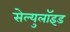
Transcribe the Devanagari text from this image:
सेल्युलॉइड